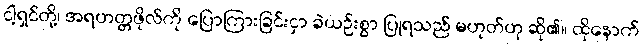
ငါ့ရှင်တို့၊ အရဟတ္တဖိုလ်ကို ပြောကြားခြင်းငှာ ခဲယဉ်းစွာ ပြုရသည် မဟုတ်ဟု ဆို၏။ ထိုနောက်